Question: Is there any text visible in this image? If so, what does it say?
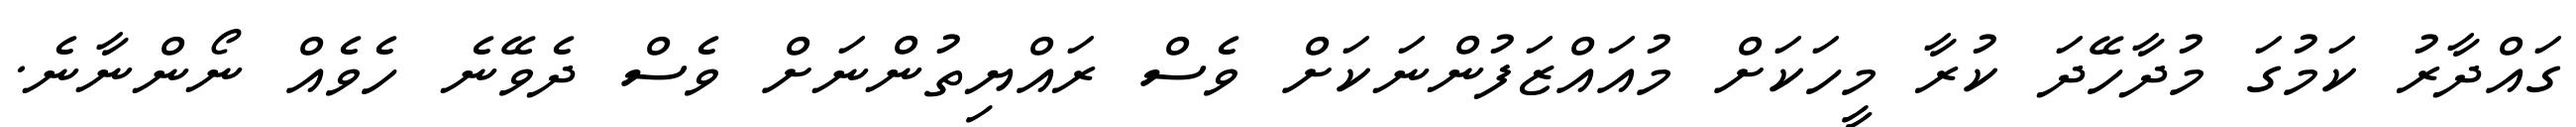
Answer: ގައްދާރު ކަމުގަ މުދާހޭދަ ކުރާ މީހަކަށް މުއައްޒަފުންނަކަށް ވެސް ރައްޔިތުންނަށް ވެސް ދެވޭނެ ހެވެއް ނޯންނާނެ.